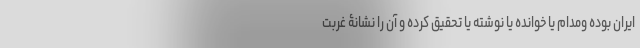
ایران بوده ومدام یا خوانده یا نوشته یا تحقیق کرده و آن را نشانۀ غربت